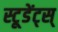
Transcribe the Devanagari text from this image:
स्टूडेंट्स्